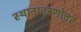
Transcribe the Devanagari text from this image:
स्थानांतरणोत्तर